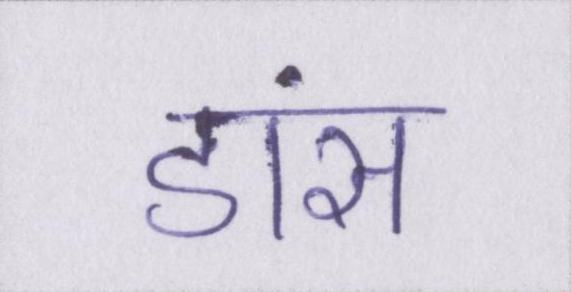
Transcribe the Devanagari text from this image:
डांस